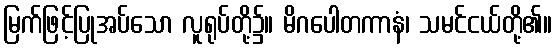
မြက်ဖြင့်ပြုအပ်သော လူရုပ်တို့၌။ မိဂပေါတကာနံ၊ သမင်ငယ်တို့၏။